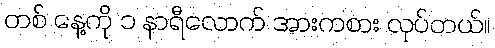
တစ် နေ့ကို ၁ နာရီလောက် အားကစား လုပ်တယ်။